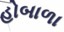
હોબાળા